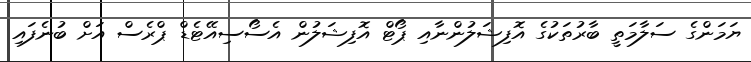
ޔަމަންގެ ސަލާމަތީ ބާރުތަކުގެ އޮފިޝަލުންނާއި ޕޯޓް އޮފިޝަލުން އެސޯސިއޭޓެޑް ޕްރެސް އަށް ބުނެފައި